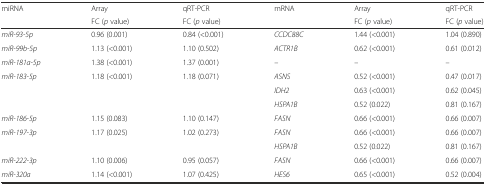
<table><thead><tr><td rowspan="2"><b>miRNA</b></td><td><b>Array</b></td><td><b>qRT-PCR</b></td><td rowspan="2"><b>mRNA</b></td><td><b>Array</b></td><td><b>qRT-PCR</b></td></tr><tr><td><b>FC (<i>p</i> value)</b></td><td><b>FC (<i>p</i> value)</b></td><td><b>FC (<i>p</i> value)</b></td><td><b>FC (<i>p</i> value)</b></td></tr></thead><tbody><tr><td><i>miR-93-5p</i></td><td>0.96 (0.001)</td><td>0.84 (&lt;0.001)</td><td><i>CCDC88C</i></td><td>1.44 (&lt;0.001)</td><td>1.04 (0.890)</td></tr><tr><td><i>miR-99b-5p</i></td><td>1.13 (&lt;0.001)</td><td>1.10 (0.502)</td><td><i>ACTR1B</i></td><td>0.62 (&lt;0.001)</td><td>0.61 (0.012)</td></tr><tr><td><i>miR-181a-5p</i></td><td>1.38 (&lt;0.001)</td><td>1.37 (0.001)</td><td><i>–</i></td><td>–</td><td>–</td></tr><tr><td><i>miR-183-5p</i></td><td>1.18 (&lt;0.001)</td><td>1.18 (0.071)</td><td><i>ASNS</i></td><td>0.52 (&lt;0.001)</td><td>0.47 (0.017)</td></tr><tr><td></td><td></td><td></td><td><i>IDH2</i></td><td>0.63 (&lt;0.001)</td><td>0.62 (0.045)</td></tr><tr><td></td><td></td><td></td><td><i>HSPA1B</i></td><td>0.52 (0.022)</td><td>0.81 (0.167)</td></tr><tr><td><i>miR-186-5p</i></td><td>1.15 (0.083)</td><td>1.10 (0.147)</td><td><i>FASN</i></td><td>0.66 (&lt;0.001)</td><td>0.66 (0.007)</td></tr><tr><td><i>miR-197-3p</i></td><td>1.17 (0.025)</td><td>1.02 (0.273)</td><td><i>FASN</i></td><td>0.66 (&lt;0.001)</td><td>0.66 (0.007)</td></tr><tr><td></td><td></td><td></td><td><i>HSPA1B</i></td><td>0.52 (0.022)</td><td>0.81 (0.167)</td></tr><tr><td><i>miR-222-3p</i></td><td>1.10 (0.006)</td><td>0.95 (0.057)</td><td><i>FASN</i></td><td>0.66 (&lt;0.001)</td><td>0.66 (0.007)</td></tr><tr><td><i>miR-320a</i></td><td>1.14 (&lt;0.001)</td><td>1.07 (0.425)</td><td><i>HES6</i></td><td>0.65 (&lt;0.001)</td><td>0.52 (0.004)</td></tr></tbody></table>